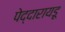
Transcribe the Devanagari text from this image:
पेद्दारायडू